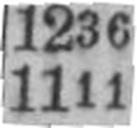
1111